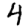
Digit: 4